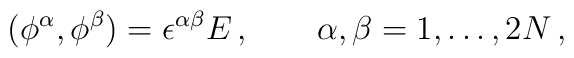
(\phi^\alpha,\phi^\beta)=\epsilon^{\alpha\beta}E\,,\qquad\alpha,\beta = 1,\dots, 2N\,,